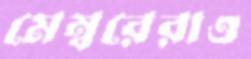
মেম্বরেরাও